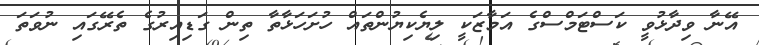
އޭނާ ވިދާޅުވީ ކަސްޓަމްސްގެ އަމާޒަކީ ލިޔެކިޔުންތައް ހުށަހަޅާތާ ތިން ގަޑިއިރުގެ ތެރޭގައި ނުވަތަ